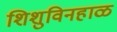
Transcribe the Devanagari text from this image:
शिशुविनहाळ